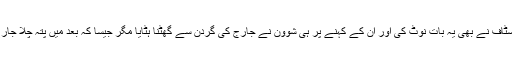
ایمبولینس کے آنے پر میڈیکل اسٹاف نے بھی یہ بات نوٹ کی اور ان کے کہنے پر ہی شوون نے جارج کی گردن سے گھٹنا ہٹایا مگر جیسا کہ بعد میں پتہ چلا جارج چار منٹ قبل دم توڑ چکا تھا۔